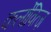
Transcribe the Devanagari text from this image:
कर्लोवित्ज़